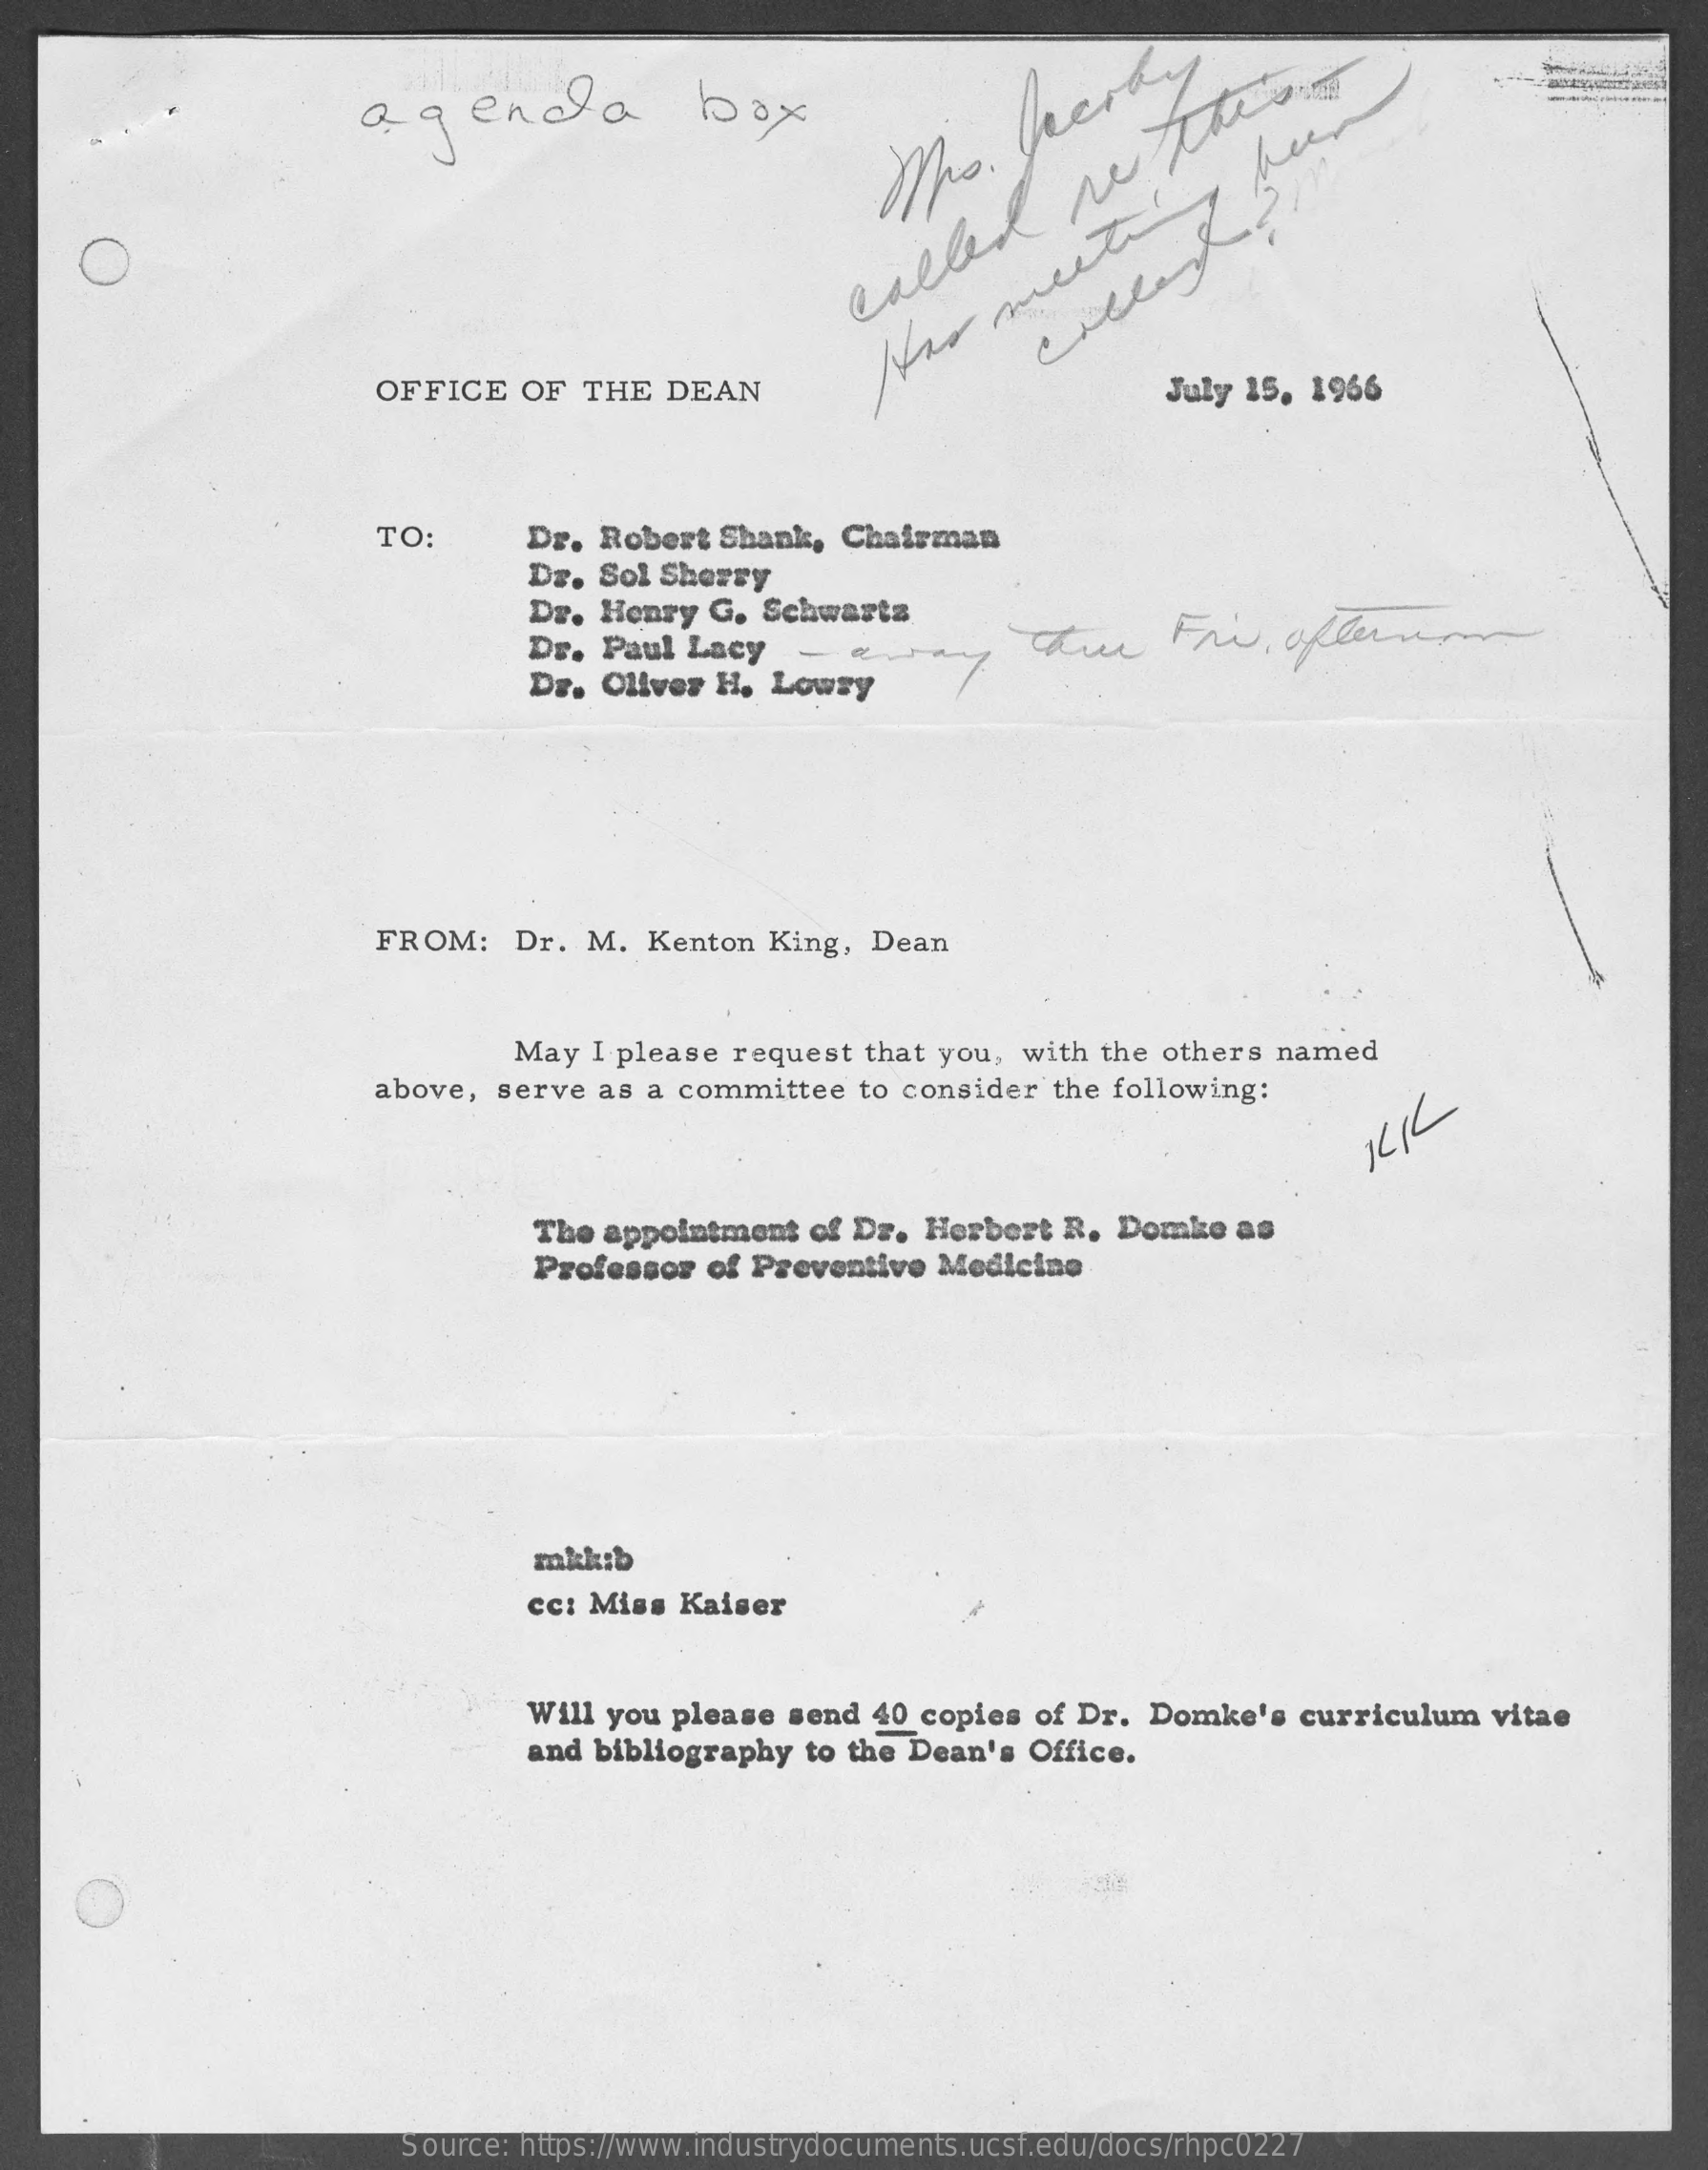
agenda    box
     Ms.
     Verky
     called
     re
     theone
     OFFICE   OF  THE  DEAN
     Ho
     mente
     July 15, 1966
     TO:    Dr. Robert  Shank,  Chairman
     Dr. Sol Sherry
     Dr. Henry  G.  Schwartz
     Dr. Paul  Lacy    Thur    Fri,    afternoon
     Dr. Oliver  H. Lowry
     FROM:    Dr. M.  Kenton  King,  Dean
     May  I please request  that you, with the others named
     above,  serve as a committee   to consider  the following:
     The appointment   of Dr. Herbert  R.  Domke   as
     Professor  of Preventive  Medicine
     mikib
     cc: Miss Kaiser
     Will you please send  40 copies  of Dr. Domke's   curriculum   vitae
     and bibliography  to the Dean's Office.
     Source: https://www.industrydocuments.ucsf.edu/docs/rhpc0227